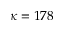
\kappa = 1 7 8